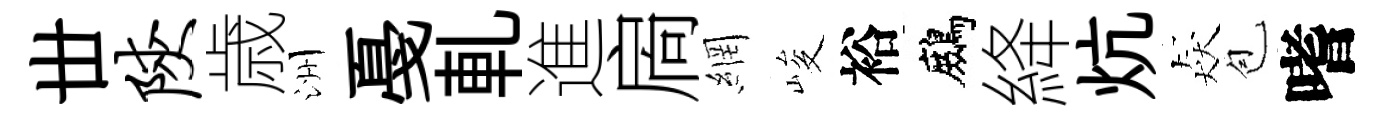
丗陕歳洲戞軋進扄網峻裕鷓絳炕猋苞嗜